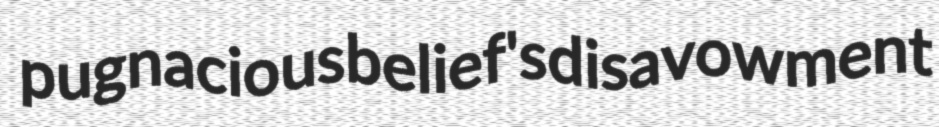
pugnacious belief's disavowment